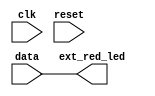
/*
  Copyright (c) 2015, miya
  All rights reserved.

  Redistribution and use in source and binary forms, with or without modification, are permitted provided that the following conditions are met:

  1. Redistributions of source code must retain the above copyright notice, this list of conditions and the following disclaimer.

  2. Redistributions in binary form must reproduce the above copyright notice, this list of conditions and the following disclaimer in the documentation and/or other materials provided with the distribution.
 
  THIS SOFTWARE IS PROVIDED BY THE COPYRIGHT HOLDERS AND CONTRIBUTORS "AS IS" AND ANY EXPRESS OR IMPLIED WARRANTIES, INCLUDING, BUT NOT LIMITED TO, THE IMPLIED WARRANTIES OF MERCHANTABILITY AND FITNESS FOR A PARTICULAR PURPOSE ARE DISCLAIMED.
  IN NO EVENT SHALL THE COPYRIGHT OWNER OR CONTRIBUTORS BE LIABLE FOR ANY DIRECT, INDIRECT, INCIDENTAL, SPECIAL, EXEMPLARY, OR CONSEQUENTIAL DAMAGES (INCLUDING, BUT NOT LIMITED TO,
  PROCUREMENT OF SUBSTITUTE GOODS OR SERVICES; LOSS OF USE, DATA, OR PROFITS; OR BUSINESS INTERRUPTION) HOWEVER CAUSED AND ON ANY THEORY OF LIABILITY, WHETHER IN CONTRACT, STRICT LIABILITY, OR TORT (INCLUDING NEGLIGENCE OR OTHERWISE) ARISING IN ANY WAY OUT OF THE USE OF THIS SOFTWARE, EVEN IF ADVISED OF THE POSSIBILITY OF SUCH DAMAGE.
*/

module red_led
  (
   input                clk,
   input                reset,
   input signed [15:0]  data,
   output signed [15:0] ext_red_led
   );

  assign ext_red_led = data;

endmodule